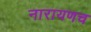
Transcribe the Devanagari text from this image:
नारायणच